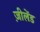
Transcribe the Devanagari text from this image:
ज़ीलेंड